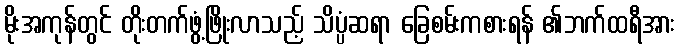
မိုးအကုန်တွင် တိုးတက်ဖွံ့ဖြိုးလာသည့် သိပ္ပံဆရာ ခြေစမ်းကစားရန် ၏ဘက်ထရီအား